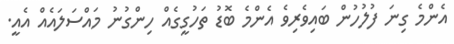
އެންމެ ގިނަ ފުލުހުން ބައިވެރިވެ އެންމެ ބޮޑު ތަހުގީގެއް ހިންގުނު މައްސަލައެއް އެއީ.